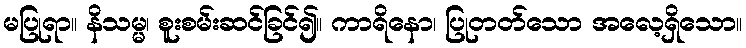
မပြုရာ။ နိသမ္မ၊ စူးစမ်းဆင်ခြင်၍။ ကာရိနော၊ ပြုတတ်သော အလေ့ရှိသော။